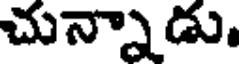
చున్నాడు.